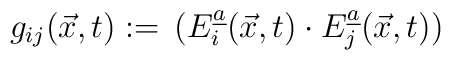
g_{ij}(\vec{x},t):=\,(E_i\sp{\underline{a}}(\vec{x},t)\cdot E_j\sp{\underline{a}}(\vec{x},t))